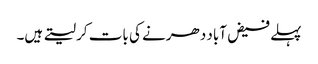
پہلے فیض آباد دھرنے کی بات کر لیتے ہیں۔